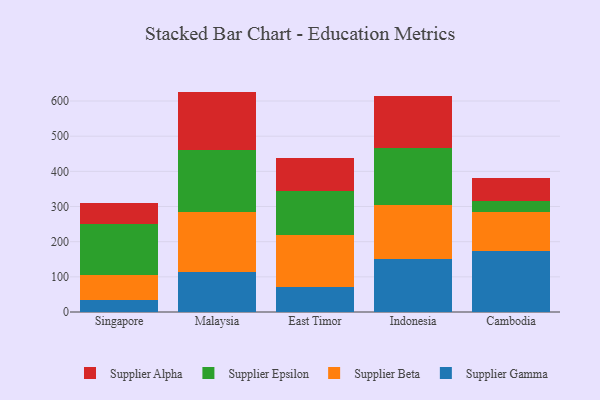
{"axis": {"x": "Country", "y": "Website Visitors"}, "legend": ["Supplier Alpha", "Supplier Beta", "Supplier Epsilon", "Supplier Gamma"], "data": [{"x": "Singapore", "y": 35.0, "type": "Supplier Gamma"}, {"x": "Singapore", "y": 70.7, "type": "Supplier Beta"}, {"x": "Singapore", "y": 145.1, "type": "Supplier Epsilon"}, {"x": "Singapore", "y": 59.5, "type": "Supplier Alpha"}, {"x": "Malaysia", "y": 113.8, "type": "Supplier Gamma"}, {"x": "Malaysia", "y": 169.6, "type": "Supplier Beta"}, {"x": "Malaysia", "y": 177.4, "type": "Supplier Epsilon"}, {"x": "Malaysia", "y": 166.0, "type": "Supplier Alpha"}, {"x": "East Timor", "y": 70.6, "type": "Supplier Gamma"}, {"x": "East Timor", "y": 149.5, "type": "Supplier Beta"}, {"x": "East Timor", "y": 123.4, "type": "Supplier Epsilon"}, {"x": "East Timor", "y": 94.6, "type": "Supplier Alpha"}, {"x": "Indonesia", "y": 151.9, "type": "Supplier Gamma"}, {"x": "Indonesia", "y": 153.7, "type": "Supplier Beta"}, {"x": "Indonesia", "y": 160.5, "type": "Supplier Epsilon"}, {"x": "Indonesia", "y": 146.8, "type": "Supplier Alpha"}, {"x": "Cambodia", "y": 172.3, "type": "Supplier Gamma"}, {"x": "Cambodia", "y": 113.0, "type": "Supplier Beta"}, {"x": "Cambodia", "y": 29.9, "type": "Supplier Epsilon"}, {"x": "Cambodia", "y": 66.2, "type": "Supplier Alpha"}]}